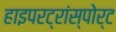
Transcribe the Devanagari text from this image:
हाइपरट्रांस्पोर्ट